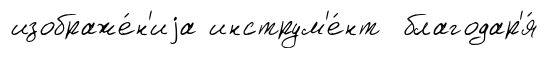
изображе́н'иjа инструм'е́нт благодар'я́